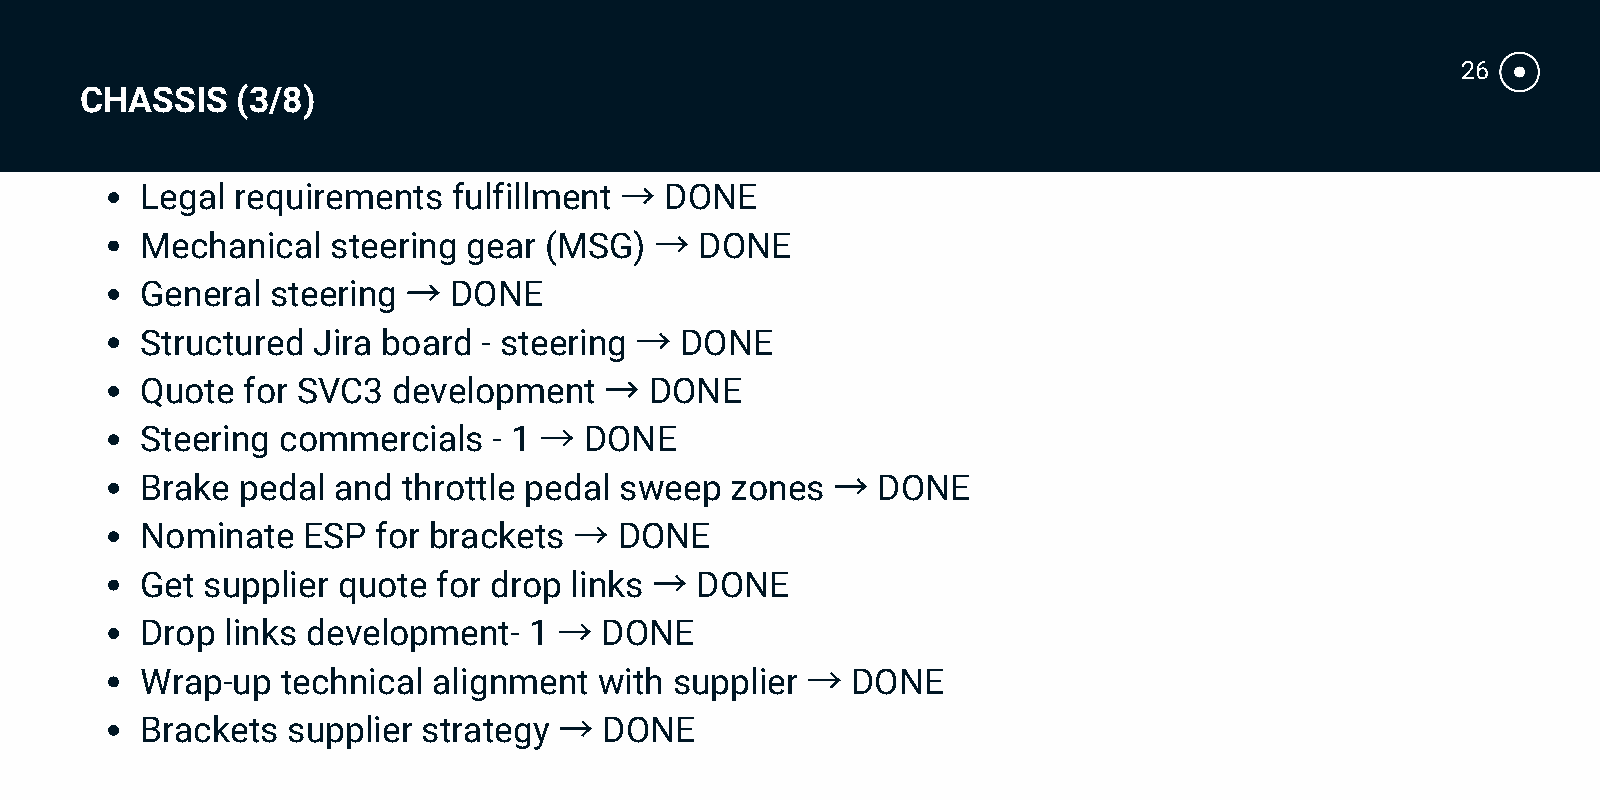
26
 CHASSIS    (3/8)
 →
 Legal  requirements  fulfillment   DONE
 →
 Mechanical   steering gear (MSG)     DONE
 →
 General  steering    DONE
 →
 Structured  Jira board - steering   DONE
 →
 Quote  for SVC3  development      DONE
 →
 Steering commercials    - 1   DONE
 →
 Brake  pedal and  throttle pedal sweep zones     DONE
 →
 Nominate   ESP  for brackets    DONE
 →
 Get supplier quote  for drop links   DONE
 →
 Drop  links development-  1    DONE
 →
 Wrap-up   technical alignment  with supplier   DONE
 →
 Brackets  supplier strategy    DONE